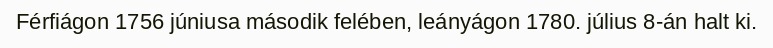
Férfiágon 1756 júniusa második felében, leányágon 1780. július 8-án halt ki.